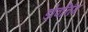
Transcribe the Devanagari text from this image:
डोवनिंग